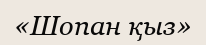
«Шопан қыз»